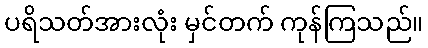
ပရိသတ်အားလုံး မှင်တက် ကုန်ကြသည်။